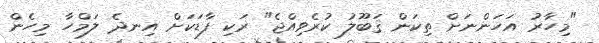
"މިހާރު އަހަންނަށް ތިކަން ޤަބޫލު ކުރެވިއްޖެ" ރަކި ފާޑަކަށް އިނދެ ލަމްހާ މިހެން